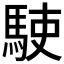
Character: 𩢲